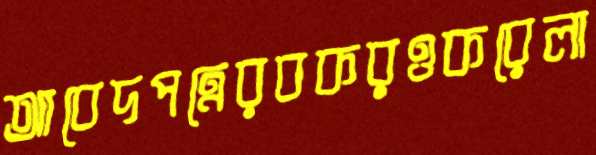
আবেদপত্রেরবকরওকরেলা